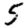
Digit: 5